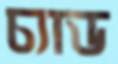
চ্যাড